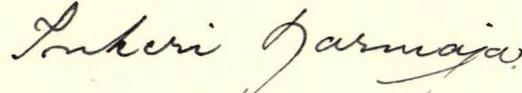
Inkeri Harmaja.